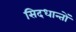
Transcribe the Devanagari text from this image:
सिदधान्‍तों